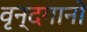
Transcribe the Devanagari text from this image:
वृन्दगानों